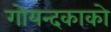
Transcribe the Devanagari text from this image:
गोयन्‍दकाको